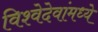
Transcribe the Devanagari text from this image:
विश्वेदेवांमध्ये